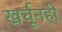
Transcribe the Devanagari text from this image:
खर्चूनही